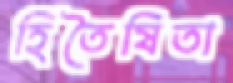
হিতৈষিতা